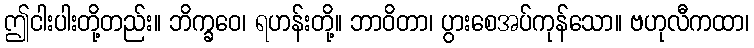
ဤငါးပါးတို့တည်း။ ဘိက္ခဝေ၊ ရဟန်းတို့။ ဘာဝိတာ၊ ပွားစေအပ်ကုန်သော။ ဗဟုလီကထာ၊